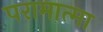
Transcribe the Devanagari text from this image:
परामात्मा